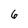
Character: 6